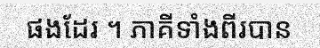
ផងដែរ ។ ភាគីទាំងពីរបាន